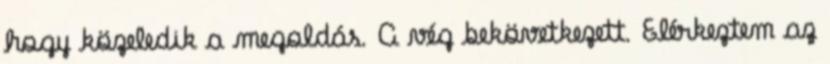
hogy közeledik a megoldás. A vég bekövetkezett. Elérkeztem az